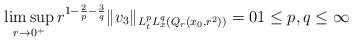
LaTeX: \begin{align*} \limsup_{r \to 0^+} r^{1-\frac{2}{p}-\frac{3}{q}} \|v_3\|_{L^p_tL^q_x(Q_r(x_0,r^2))} = 0 1 \leq p,q \leq \infty\end{align*}